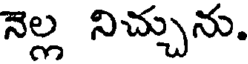
నెల్ల నిచ్చును.